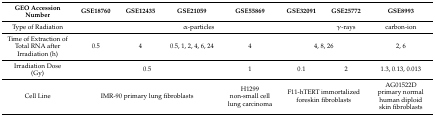
| GEO Accession Number | GSE18760 | GSE12435 | GSE21059 | GSE55869 | GSE32091 | GSE25772 | GSE8993 |
 | --- | --- | --- | --- | --- | --- | --- | --- |
 | Type of Radiation | <COLSPAN=5> α-particles | γ-rays | carbon-ion |
 | Time of Extraction of Total RNA after Irradiation(h) | 0.5 | 4 | 0.5, 1, 2, 4, 6, 24 | 4 | <COLSPAN=2> 4, 8, 26 | 2, 6 |
 | Irradiation Dose (Gy) | <COLSPAN=3> 0.5 | 1 | 0.1 | 2 | 1.3, 0.13, 0.013 |
 | Cell Line | <COLSPAN=3> IMR-90 primary lung fibroblasts | H1299 non-small cell lung carcinoma | <COLSPAN=2> F11-hTERT immortalized foreskin fibroblasts | AG01522D primary normal human diploid skin fibroblasts |